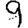
Digit: 9